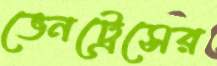
ভেনট্রেসের